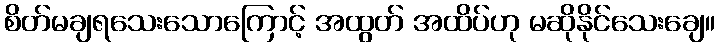
စိတ်မချရသေးသောကြောင့် အထွတ် အထိပ်ဟု မဆိုနိုင်သေးချေ။